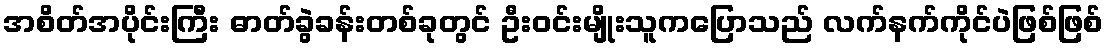
အစိတ်အပိုင်းကြီး ဓာတ်ခွဲခန်းတစ်ခုတွင် ဦးဝင်းမျိုးသူကပြောသည် လက်နက်ကိုင်ပဲဖြစ်ဖြစ်